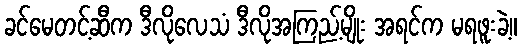
ခင်မေတင့်ဆီက ဒီလိုလေသံ ဒီလိုအကြည့်မျိုး အရင်က မရဖူးခဲ့။